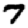
Digit: 7